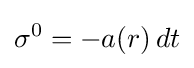
\sigma ^{0}=-a(r)\,dt